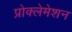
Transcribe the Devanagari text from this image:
प्रोक्लेमेशन